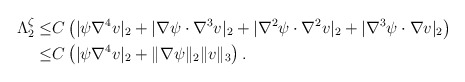
\begin{align*}\Lambda^\zeta_2\leq& C\left(|\psi \nabla^4 v|_2+|\nabla \psi\cdot\nabla^3 v|_2+|\nabla^2 \psi\cdot\nabla^2 v|_2+|\nabla^3 \psi\cdot\nabla v|_2\right)\\\leq & C\left(|\psi \nabla^4 v|_2+\|\nabla\psi\|_2 \|v\|_3\right).\end{align*}